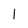
Character: I